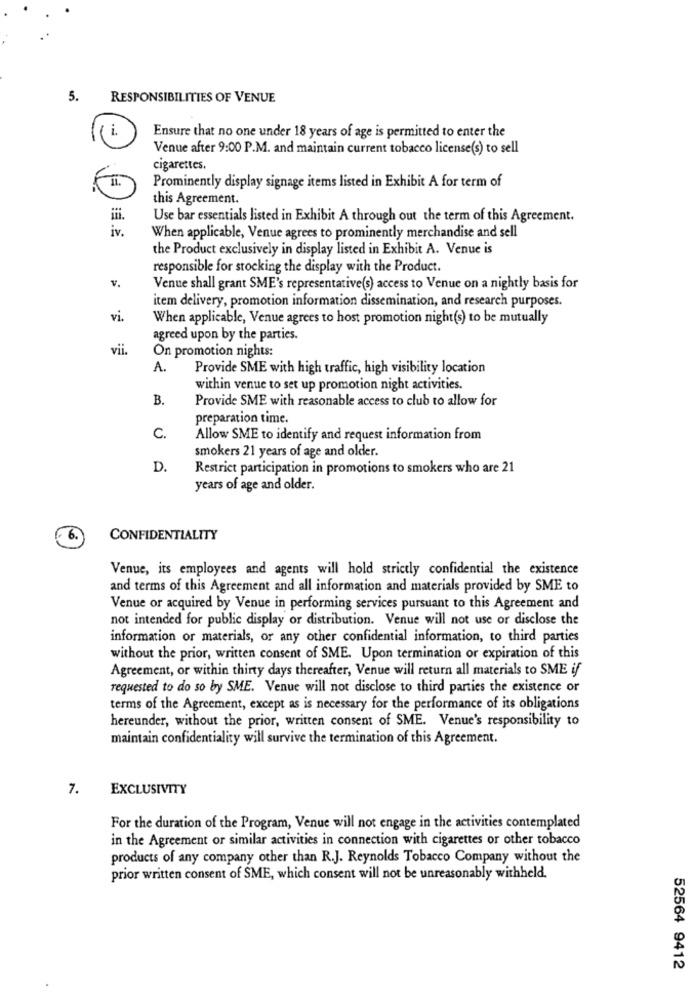
5.
RESPONSIBILITIES OF VENUE
i.
Ensure that no one under 18 years of age is permitted to enter the
Venue after 9:00 P.M. and maintain current tobacco license(s) to sell
cigarettes.
Prominently display signage items listed in Exhibit A for term of
this Agreement.
ifi.
Use bar essentials listed in Exhibit A through out the term of this Agreement.
iv.
When applicable, Venue agrees to prominently merchandise and sell
the Product exclusively in display listed in Exhibit A. Venue is
responsible for stocking the display with the Product.
v.
Venue shall grant SME's representative(s) access to Venue on a nightly basis for
item delivery, promotion information dissemination, and research purposes.
vi.
When applicable, Venue agrees to host promotion night(s) to be mutually
agreed upon by the parties.
vii.
On promotion nights:
A.
Provide SME with high traffic, high visibility location
within venue to set up promotion night activities.
B.
Provide SME with reasonable access to club to allow for
preparation time.
C.
Allow SME to identify and request information from
smokers 21 years of age and older.
D.
Restrict participation in promotions to smokers who are 21
years of age and older.
6.
CONFIDENTIALITY
Venue, its employees and agents will hold strictly confidential the existence
and terms of this Agreement and all information and materials provided by SME to
Venue or acquired by Venue in performing services pursuant to this Agreement and
not intended for public display or distribution. Venue will not use or disclose the
information or materials, or any other confidential information, to third parties
without the prior, written consent of SME. Upon termination or expiration of this
Agreement, or within thirty days thereafter, Venue will return all materials to SME if
requested to do so by SME. Venue will not disclose to third parties the existence or
terms of the Agreement, except as is necessary for the performance of its obligations
hereunder, without the prior, written consent of SME. Venue's responsibility to
maintain confidentiality will survive the termination of this Agreement.
7.
EXCLUSIVITY
For the duration of the Program, Venue will not engage in the activities contemplated
in the Agreement or similar activities in connection with cigarettes or other tobacco
products of any company other than R.J. Reynolds Tobacco Company without the
prior written consent of SME, which consent will not be unreasonably withheld.
52564 9412